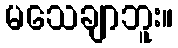
မသေချာဘူး။